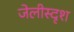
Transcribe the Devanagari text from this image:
जेलीस्दृश